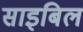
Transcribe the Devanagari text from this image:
साइबिल